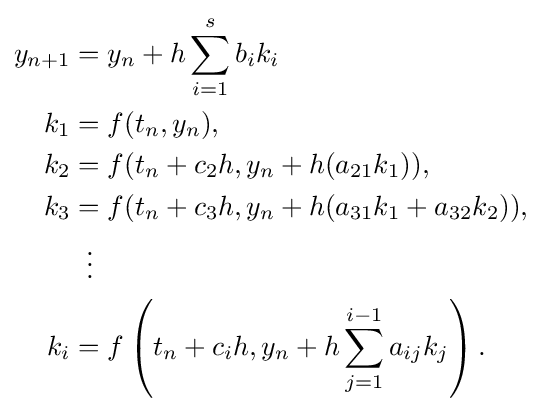
{\begin{aligned}y_{n+1}&=y_{n}+h\sum _{i=1}^{s}b_{i}k_{i}\\k_{1}&=f(t_{n},y_{n}),\\k_{2}&=f(t_{n}+c_{2}h,y_{n}+h(a_{21}k_{1})),\\k_{3}&=f(t_{n}+c_{3}h,y_{n}+h(a_{31}k_{1}+a_{32}k_{2})),\\&\;\;\vdots \\k_{i}&=f\left(t_{n}+c_{i}h,y_{n}+h\sum _{j=1}^{i-1}a_{ij}k_{j}\right).\end{aligned}}